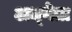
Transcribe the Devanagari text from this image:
अध्‍येता